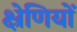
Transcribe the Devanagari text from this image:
क्ष्रेणियों